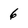
Character: 6